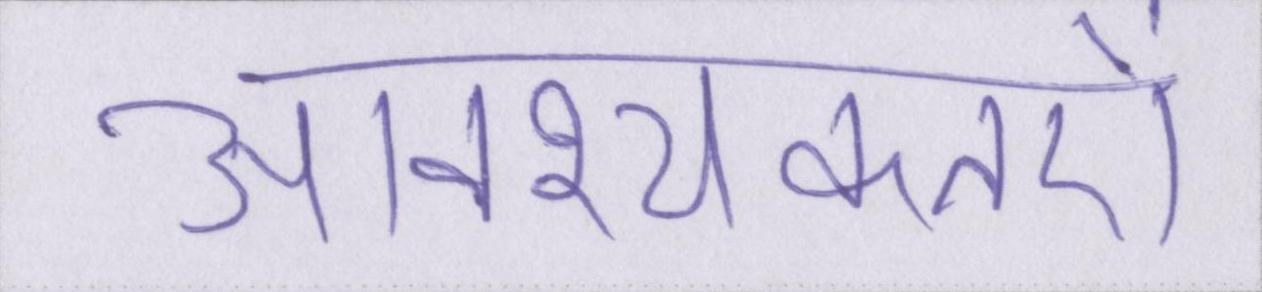
आवश्यकतऐं